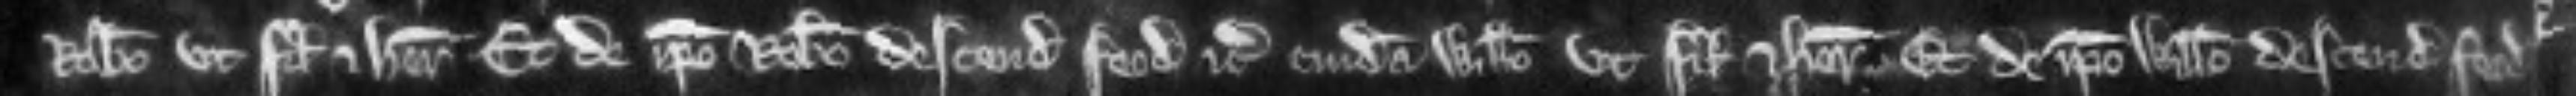
Roberto ut filio et heredi et de ipso Roberto descendit feodum etc cuidam Willelmo ut filio et Heredi. Et de ipso Willelmo descendit feodum